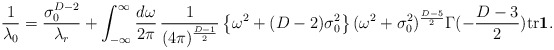
\begin{align*}\frac{1}{\lambda_{0}} = \frac{\sigma_{0}^{D-2}}{\lambda_{r}} + \int_{-\infty}^{\infty}\frac{d\omega}{2\pi} \, \frac{1}{(4\pi)^{\frac{D-1}{2}}} \left\{ \omega^{2}+(D-2)\sigma_{0}^{2} \right\} (\omega^{2}+\sigma_{0}^{2})^{\frac{D-5}{2}} \Gamma(-\frac{D-3}{2}) \mbox{tr}\mbox{\boldmath$1$} . \end{align*}